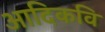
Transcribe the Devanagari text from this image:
अादिकवि